65_HS1-834228961_62-HQ-83894_Section_8
Agency: FBI
Page 79
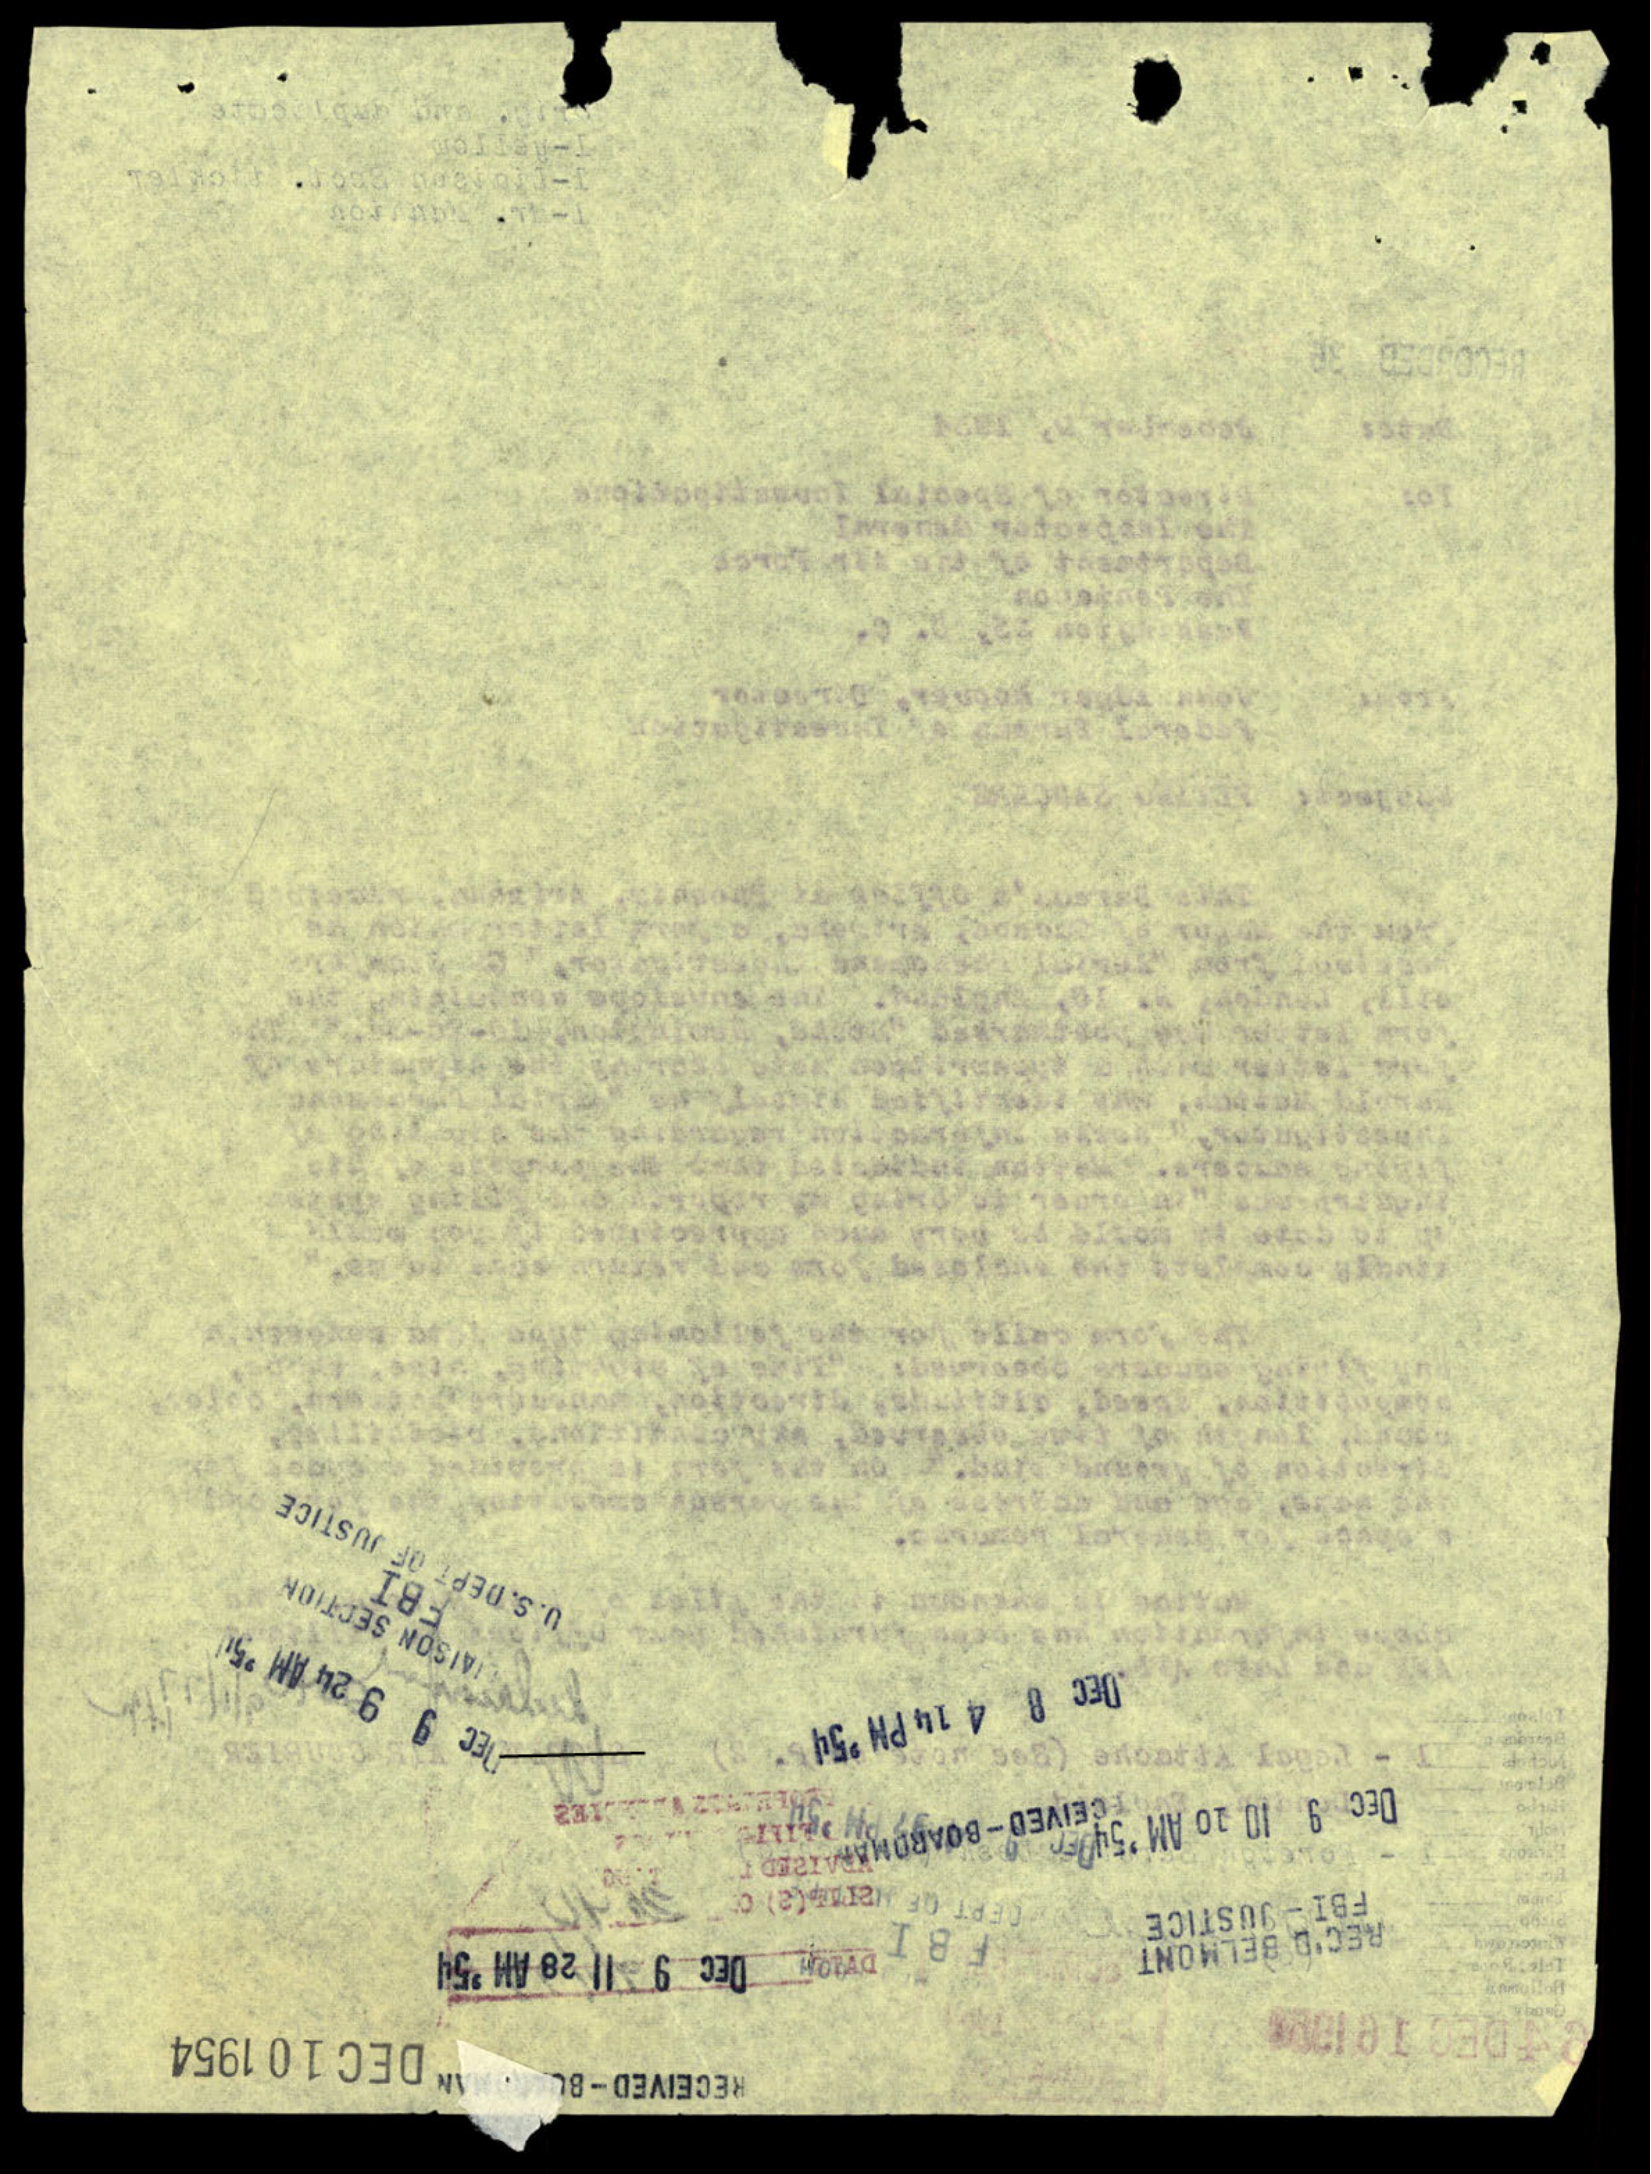